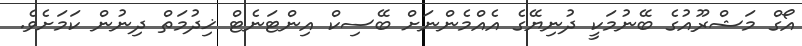
އޯގް މަޝްރޫއުގެ ބޭނުމަކީ ދުނިޔޭގެ އެއްމެންނަށް ބޭސިކް އިންޓަނެޓް ޚިދުމަތް ދިނުން ކަމަށެވެ.